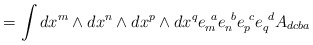
\begin{align*}= \int dx^m\wedge dx^n\wedge dx^p\wedge dx^q e_m^{\ a} e_n^{\ b} e_p^{\ c} e_q^{\ d} A_{dcba}\end{align*}